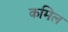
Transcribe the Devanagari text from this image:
कमिल